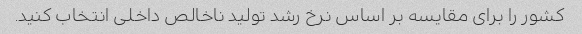
کشور را برای مقایسه بر اساس نرخ رشد تولید ناخالص داخلی انتخاب کنید.